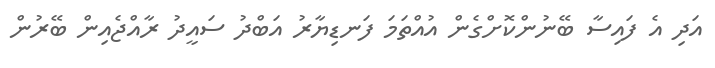
އަދި އެ ފައިސާ ބޭނުންކޮށްގެން އުއްތަމަ ފަނޑިޔާރު އަބްދު ސައީދު ރާއްޖެއިން ބޭރުން